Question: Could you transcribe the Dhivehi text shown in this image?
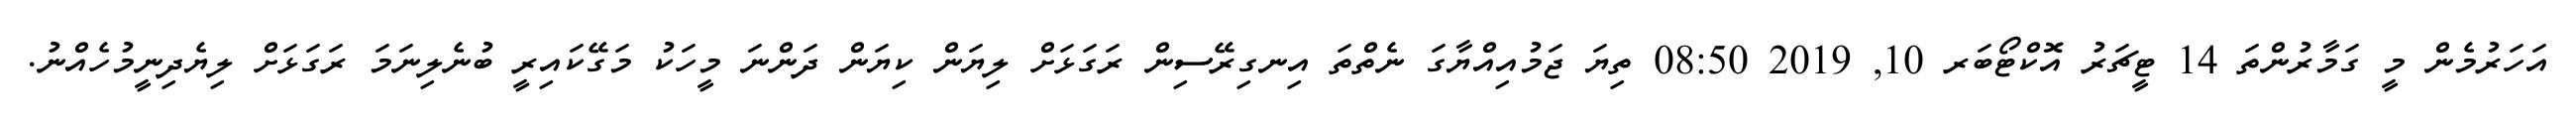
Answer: އަހަރުމެން މީ ގަމާރުންތަ 14 ޓީޗަރު އޮކްޓޯބަރ 10, 2019 08:50 ތިޔަ ޖަމުއިއްޔާގަ ނެތްތަ އިނގިރޭސިން ރަގަޅަށް ލިޔަން ކިޔަން ދަންނަ މީހަކު މަގޭކައިރީ ބުނެލިނަމަ ރަގަޅަށް ލިޔެދިނީމުހެއްނު.